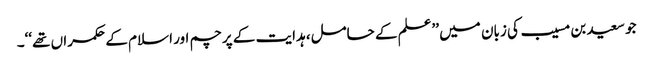
جو سعید بن مسیب کی زبان میں ’’علم کے حامل، ہدایت کے پرچم اور اسلام کے حکمراں تھے‘‘۔